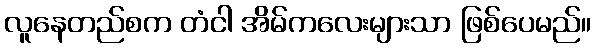
လူနေတည်စက တံငါ အိမ်ကလေးများသာ ဖြစ်ပေမည်။